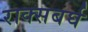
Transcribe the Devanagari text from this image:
राक्सबर्घ